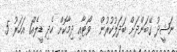
ނަޝީދު ގޭބަންދަށް ބަދަލުކުރުން  ވޯޓާއި ދިމާކޮށް ހެދި ޑީލެއް1 އަހަރު 5